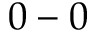
0 - 0